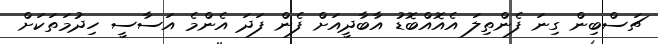
ޗަސްބިން ގިނަ ފެންތިލަ އެއޮއްބޮޑު އާބާދީއަށް ފެން ފަދަ އެންމެ އަސާސީ ހިދުމަތަކަށް